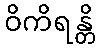
ဝိကိရန္တိ